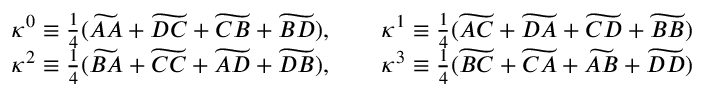
\begin{array} { c c } { \kappa ^ { 0 } \equiv \frac { 1 } { 4 } ( \widetilde { A A } + \widetilde { D C } + \widetilde { C B } + \widetilde { B D } ) , \qquad \kappa ^ { 1 } \equiv \frac { 1 } { 4 } ( \widetilde { A C } + \widetilde { D A } + \widetilde { C D } + \widetilde { B B } ) } \\ { \kappa ^ { 2 } \equiv \frac { 1 } { 4 } ( \widetilde { B A } + \widetilde { C C } + \widetilde { A D } + \widetilde { D B } ) , \qquad \kappa ^ { 3 } \equiv \frac { 1 } { 4 } ( \widetilde { B C } + \widetilde { C A } + \widetilde { A B } + \widetilde { D D } ) } \end{array}